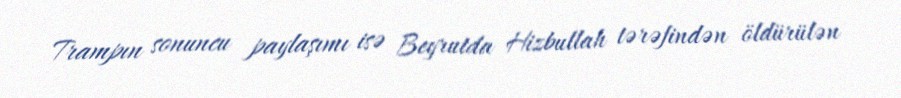
Trampın sonuncu paylaşımı isə Beyrutda Hizbullah tərəfindən öldürülən